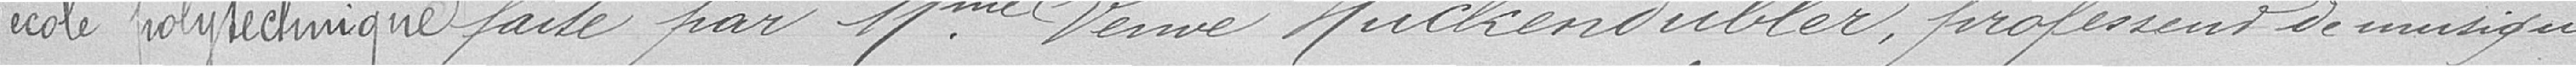
l'école polytechnique faite par Mme Veuve Huckendubler, professeur de musique